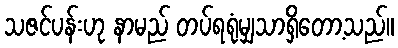
သဇင်ပန်းဟု နာမည် တပ်ရရုံမျှသာရှိတော့သည်။